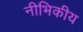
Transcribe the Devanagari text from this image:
नीभिकीय